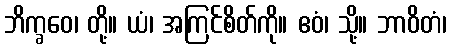
ဘိက္ခဝေ၊ တို့။ ယံ၊ အကြင်စိတ်ကို။ ဧဝံ၊ သို့။ ဘာဝိတံ၊